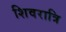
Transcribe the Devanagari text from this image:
शिवरात्रि